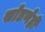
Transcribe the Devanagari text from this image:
सोडणेही